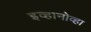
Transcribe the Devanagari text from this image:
इव्हानोव्हा